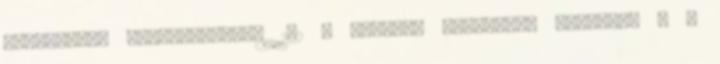
stratégiák megvalósítása 142 A legtöbb megoldási javaslat a z